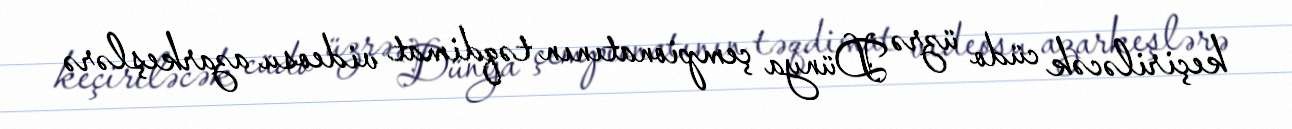
keçiriləcək cüdo üzrə Dünya çempionatının təqdimat videosu azarkeşlərə